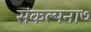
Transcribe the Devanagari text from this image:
संकल्पना७